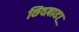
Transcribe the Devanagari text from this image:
छिंदवाडा़